Vaccination in Bombay 1889-1901 - 1889-1901
Year: 1889
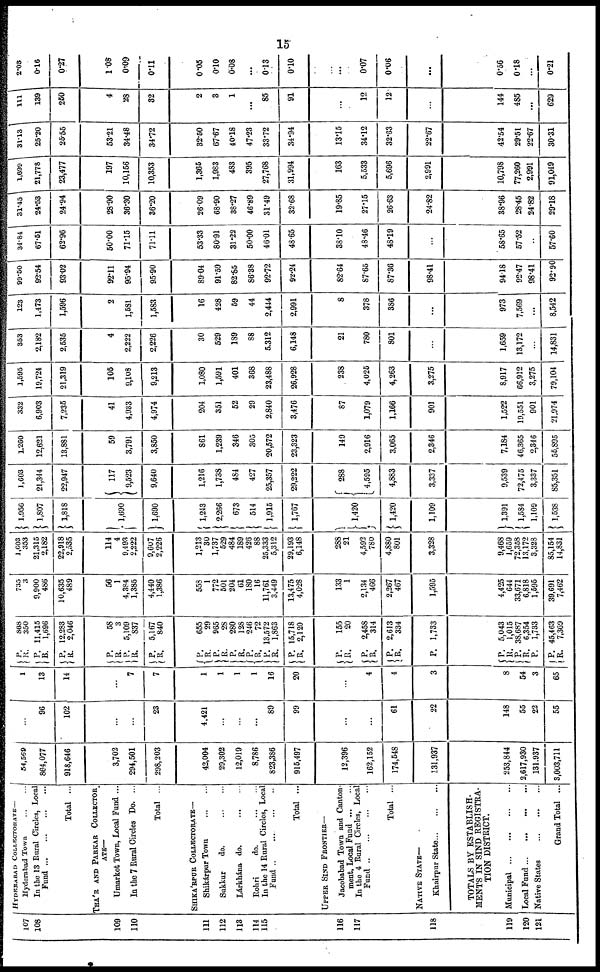
15
107
108
109
110
111
112
113
114
115
116
117
118
119
120
121
HYDERABAD COLLECTORATE—
Hyderabad Town ... ...
In the 13 Rural Circles, Local
Fund
...
...
...
...
Total ...
THA'R AND PARKAR COLLECTOR
ATE —
Umarkot Town, Local Fund ...
In the 7 Rural Circles Do. ...
Total ...
SHIKA'RPUR COLLECTORATE—
Shikárpur Town
...
...
Sukkur
do.
...
...
Lárkhána do.
...
...
Rohri
do.
...
...
In the 14 Rural Circles, Local
Fund
...
...
...
...
Total ...
UPPER SIND FRONTIER—
Jacobabad Town and Canton-
ment, Local Fund
...
...
In the 4 Rural Circles, Local
Fund
...
...
...
...
Total ...
NATIVE STATE—
Khairpur State
...
...
...
TOTALS BY ESTABLISH¬
MENTS IN SIND REGISTRA-
TION DISTRICT.
Municipal
...
...
...
...
Local Fund
...
...
...
...
Native States
...
...
...
...
Grand Total ...
54,569
864,077
918,646
3,702
294,501
298,203
42,004
29,302
12,019
8,786
823,386
915,497
12,396
162,152
174,548
131,937
253,844
2,617,930
131.937
3,003,711
...
96
102
...
...
23
4,421
...
...
...
89
99
...
...
61
22
148
55
22
55
1
13
14
...
7
7
1
1
1
1
16
20
...
4
4
3
8
54
3
65
P.
R.
P.
R.
P.
R.
P.
R. P.
R.
P.
R.
P.
R.
P.
R.
P.
R.
P.
R.
P.
R.
P.
R.
P.
R.
P.
R.
P. R.
P.
P.
R.
P.
R.
P.
P.
R.
868
350
11,415
1,696
12,283
2,046
58
3
5,109
837
5,167
840
655
29
965
28
280
128
246
72
13,572
1,863
15,718
2,120
155
20
2,458
314
2,613
334
1,733
5,043
1,015
38,687
6,354
1,733
45,463
7,369
735
3
9,900
486
10,635
489
56
1
4,384
1,385
4,440
1,386
558
1
772
501
204
61
180
16
11,761
3,449
13,475
4,028
133
1
2,134
466
2,267
467
1,595
4,425
644
33,671
6,818
1,595
39,691
7,462
1,603
353
21,315
2,182
22,918
2,535
114
4
9,493
2,222
9,607
2,226
1,213
30
1,737
529
484
189
426
88
25,333
5,312
29,193
6,148
288
21
4,592
780
4,880
801
3,328
9,468
1,659
72,358
13,172
3,328
85,154
14,831
1,956
1,807
1,818
1,690
1,690
1,243
2,266
673
514
1,915
1,767
1,420
1,420
1,109
1,391
1,584
1,109
1,538
1,603
21,344
22,947
117
9,523
9,640
1,216
1,738
484
427
25,357
29,222
288
4,595
4,883
3,337
9,539
72,475
3,337
85,351
1,260
12,621
13,881
59
3,791
3,850
861
1,239
346
305
20,572
23,323
149
2,916
3,065
2,346
7,184
46,365
2,346
55,895
332
6,903
7,235
41
4,933
4,974
204
351
52
29
2,840
3,476
87
1,079
1,166
901
1,522
19,551
901
21.974
1,595
19,724
21,319
105
9,108
9,213
1,080
1,591
401
368
23,488
26,928
. 238
4,025
4,263
3,275
8,917
66,912
3,275
79,104
353
2,182
2,535
4
2,222
2,226
30
529
189
88
5,312
6,148
21
780
801
...
1,659
13,172
...
14,831
123
1,473
1,596
2
1,581
1,583
16
428
59
44
2,444
2,991
8
378
386
...
973
7,569
...
8,542
99.50
92.54
93.02
92.11
95.94
95.90
89.04
91.59
82.85
86.38
92.72
92.24
82.64
87.65
87.36
98.41
9418
92.47
98.41
92.90
34.84
67.51
62.96
50.00
71.15
71.11
53.33
80.91
31.22
50.00
46.01
48.65
38.10
48.46
48.19
...
58.65
57.52
...
57.60
31.45
24.53
24.94
28.90
36.30
36.20
26.09
68.90
38.27
46.89
31.49
32.68
19.85
27.15
26.63
24.82
38.96
28.45
24.82
29.18
1,699
21,778
23,477
197
10,156
10,353
1,365
1,983
483
395
27,768
31,994
163
5,533
5,696
2,991
10,798
77,260
2,991
91,049
31.13
25.20
25.55
53.21
34.48
34.72
32.50
67.67
40.18
47.23
33.72
34.94
13.15
34.12
32.63
22.67
42.54
29.51
22.67
30.31
111
139
250
4
28
32
2
3
1
...
85
91
...
12
12
...
144
485
...
629
2.03
0.16
0.27
1.08
0.09
0.11
0.05
0.10
0.08
...
0.13
0.10
...
0.07
0.06
...
0.56
0.18
...
0.21